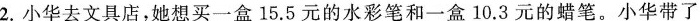
2.小华去文具店，她想买一盒15.5元的水彩笔和一盒10.3元的蜡笔。小华带了